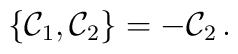
\{ {\cal C}_1 , {\cal C}_2 \} = - {\cal C}_2 \,.